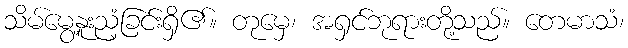
သိမ်မွေ့နူးညံ့ခြင်းရှိ၏။ တုမှေ၊ အရှင်ဘုရားတို့သည်။ တေမာသံ၊